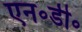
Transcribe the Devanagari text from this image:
एन॰डी॰